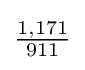
{\tfrac {1,171}{911}}